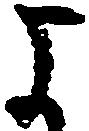
よ